Vaccination in Burma 1920-1933 - 1920-1933
Year: 1920
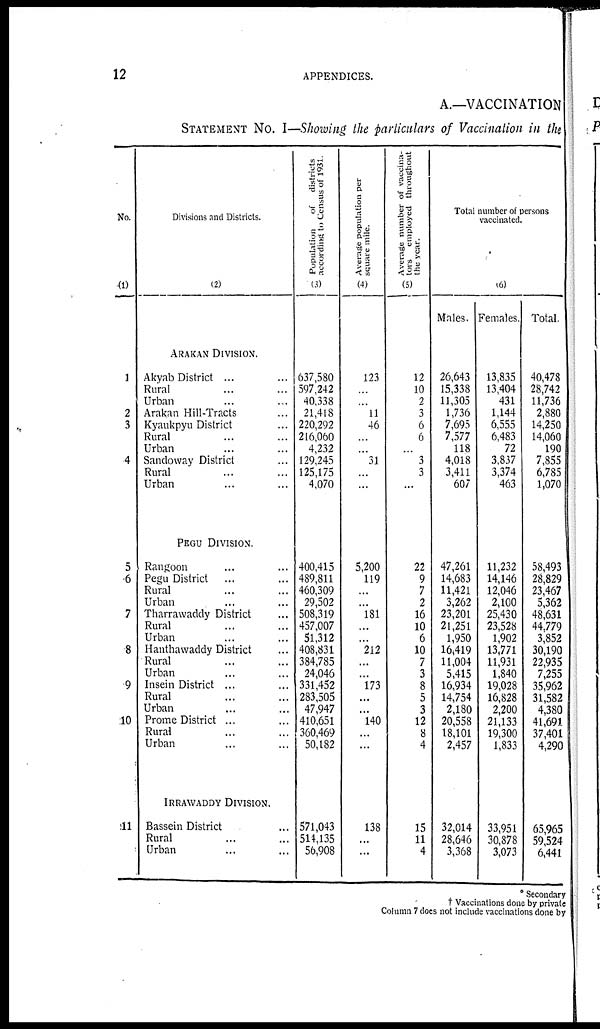
12
APPENDICES.
A.—VACCINATION
STATEMENT NO. I—Showing the particulars of Vaccination in the
No.
(1)
1
2
3
4
5
6
7
8
9
10
11
Divisions and Districts.
(2)
ARAKAN DIVISION.
Akyab District ... ...
Rural ... ...
Urban ... ...
Arakan Hill-Tracts ...
Kyaukpyu District ...
Rural ... ...
Urban ... ...
Sandoway District ...
Rural ... ...
Urban ... ...
PEGU DIVISION.
Rangoon ... ...
Pegu District ... ...
Rural ... ...
Urban ... ...
Tharrawaddy District ...
Rural ... ...
Urban ... ...
Hanthawaddy District ...
Rural ... ...
Urban ... ...
Insein District ... ...
Rural ... ...
Urban ... ...
Prome District ...
Rural ... ...
Urban ... ...
IRRAWADDY DIVISION.
Bassein District ...
Rural ... ...
Urban ... ...
Population
of districts
according to Census of 1931.
(3)
637,580
597,242
40,338
21,418
220,292
216,060
4,232
129,245
125,175
4,070
400,415
489,811
460,309
29,502
508,319
457,007
51,312
408,831
384,785
24,046
331,452
283,505
47,947
410,651
360,469
50,182
571,043
514,135
56,908
Average population per
square mile.
(4)
123
...
...
11
46
...
...
31
...
...
5,200
119
...
...
181
...
...
212
...
...
173
...
...
140
...
...
138
...
...
Average number of vaccina-
tors employed throughout
the year.
(5)
12
10
2
3
6
6
...
3
3
...
22
9
7
2
16
10
6
10
7
3
8
5
3
12
8
4
15
11
4
Total number of persons
vaccinated.
(6)
Males.
26,643
15,338
11,305
1,736
7,695
7,577
118
4,018
3,411
607
47,261
14,683
11,421
3,262
23,201
21,251
1,950
16,419
11,004
5,415
16,934
14,754
2,180
20,558
18,101
2,457
32,014
28,646
3,368
Females.
13,835
13,404
431
1,144
6,555
6,483
72
3,837
3,374
463
11,232
14,146
12,046
2,100
25,430
23,528
1,902
13,771
11,931
1,840
19,028
16,828
2,200
21,133
19,300
1,833
33,951
30,878
3,073
Total.
40,478
28,742
11,736
2,880
14,250
14,060
190
7,855
6,785
1,070
58,493
28,829
23,467
5,362
48,631
44,779
3,852
30,190
22,935
7,255
35,962
31,582
4,380
41,691
37,401
4,290
65,965
59,524
6,441
* Secondary
† Vaccinations done by private
Column 7 does not include vaccinations done by